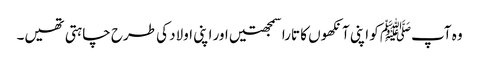
وہ آپﷺ کو اپنی آنکھوں کا تارا سمجھتیں اور اپنی اولاد کی طرح چاہتی تھیں۔